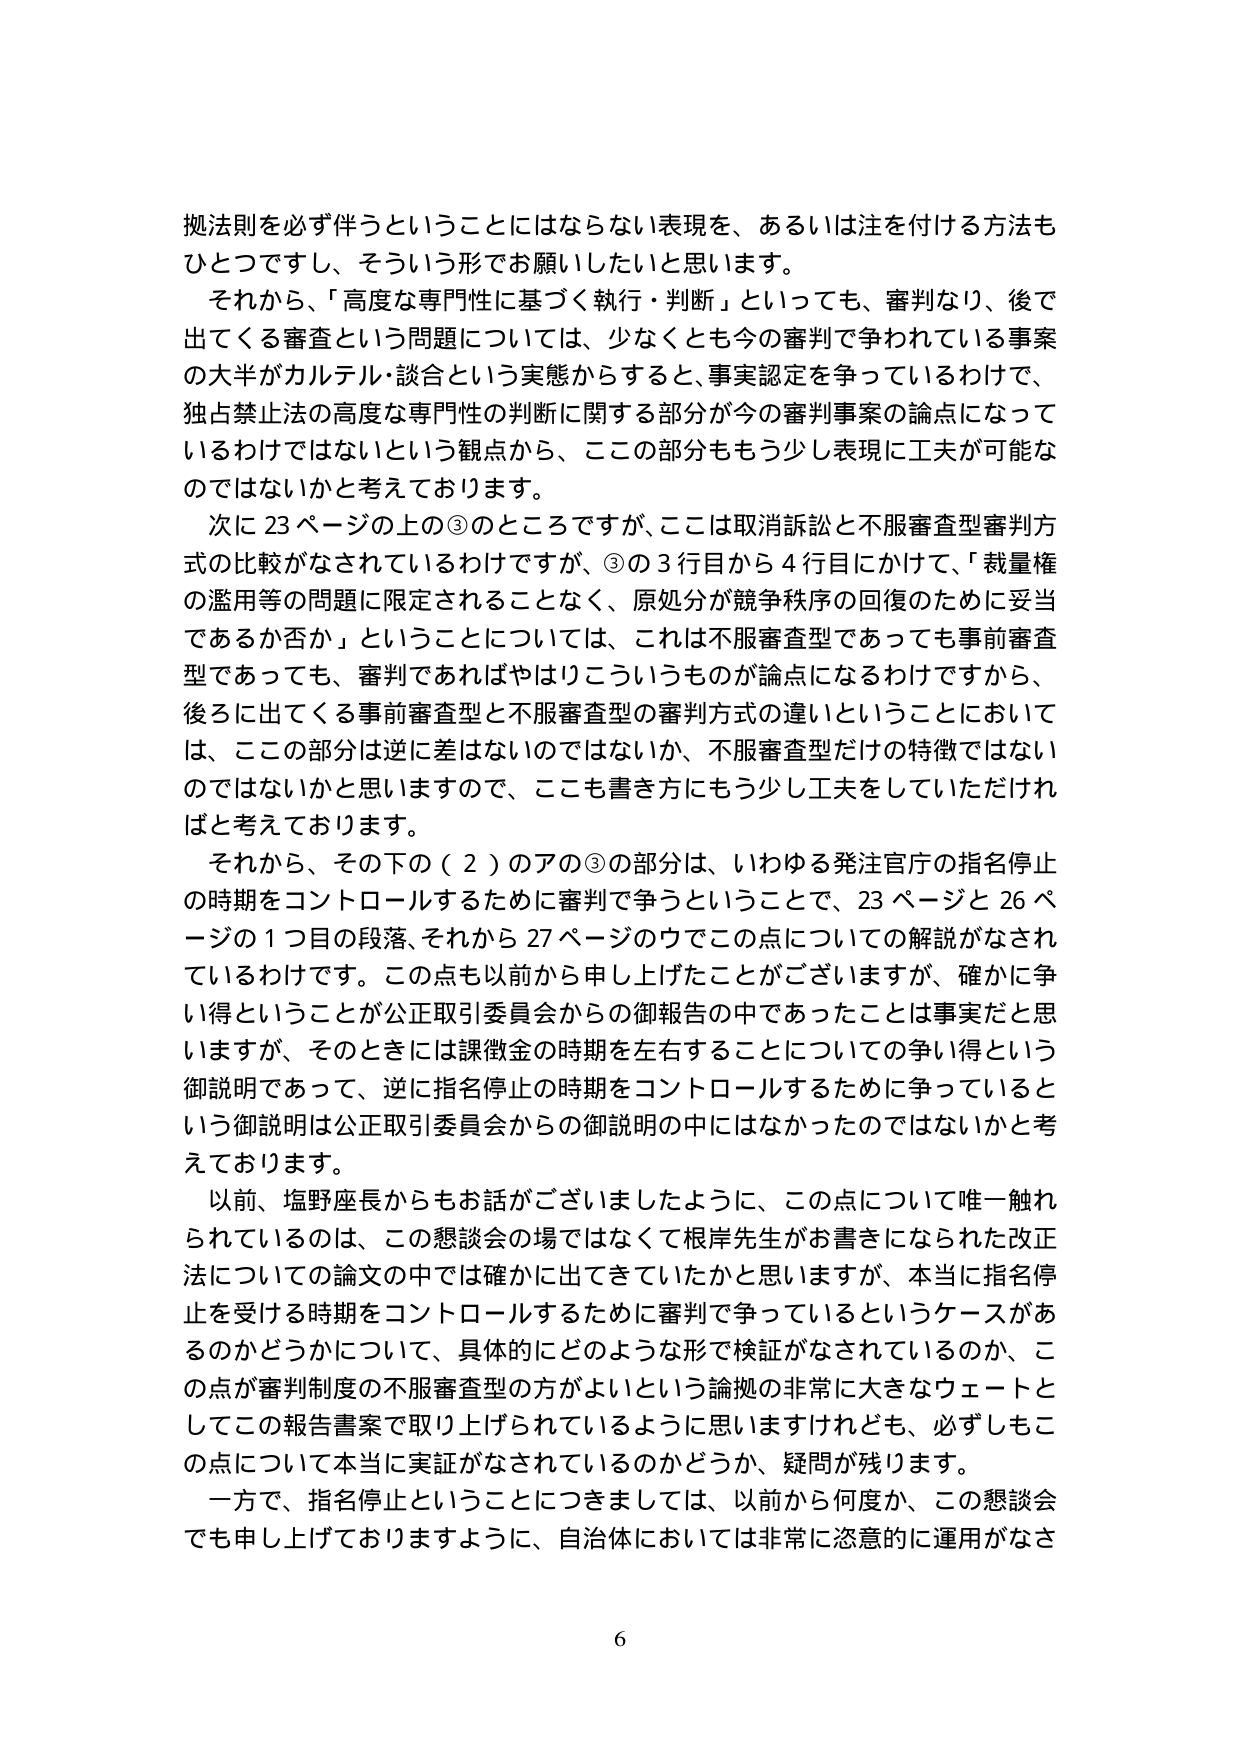
拠法則を必ず伴うということにはならない表現を、あるいは注を付ける方法も
ひとつですし、そういう形でお願いしたいと思います。
それから、「高度な専門性に基づく執行・判断」というても、審判なり、後で
出てくる審査という問題については、少なくとも今の審判で争われている事案
の大半がカルテル・談合という実態からすると、事実認定を争っているわけで、
独占禁止法の高度な専門性の判断に関する部分が今の審判事案の論点になって
いるわけではないという観点から、ここの部分ももう少し表現に工夫が可能な
のではないかと考えております。
次に23ページの上の③のところですが、ここは取消訴訟と不服審査型審判方
式の比較がなされているわけですが、③の3行目から4行目にかけて、「裁量権
の濫用等の問題に限定されることなく、原処分が競争秩序の回復のために妥当
であるか否か」ということについては、これは不服審査型であっても事前審査
型であっても、審判であればやはりこういうものが論点になるわけですから、
後ろに出てくる事前審査型と不服審査型の審判方式の違いということにおいて
は、ここの部分は逆に差はないのではないか、不服審査型だけの特徴ではない
のではないかと思いますので、ここも書き方にもう少し工夫をしていただけれ
ばと考えております。
それから、その下の（2）のアの③の部分は、いわゆる発注官庁の指名停止
の時期をコントロールするために審判で争うということで、23ページと26ペ
ージの1つ目の段落、それから27ページのウでこの点についての解説がなされ
ているわけです。この点も以前から申し上げたことがございますが、確かに争
い得ということが公正取引委員会からの御報告の中であったことは事実だと思
いますが、そのときには課徴金の時期を左右することについての争い得という
御説明であって、逆に指名停止の時期をコントロールするために争っていると
いう御説明は公正取引委員会からの御説明の中にはなかったのではないかと考
えております。
以前、塩野座長からもお話がございましたように、この点について唯一触れ
られているのは、この懇談会の場ではなくて根岸先生がお書きになられた改正
法についての論文の中では確かに出てきていたかと思いますが、本当に指名停
止を受ける時期をコントロールするために審判で争っているというケースがあ
るのかどうかについて、具体的にどのような形で検証がなされているのか、こ
の点が審判制度の不服審査型の方がよいという論拠の非常に大きなウェートと
してこの報告書案で取り上げられているように思いますけれども、必ずしもこ
の点について本当に実証がなされているのかどうか、疑問が残ります。
一方で、指名停止ということにつきましては、以前から何度か、この懇談会
でも申し上げておりますように、自治体においては非常に恣意的に運用がなさ
6